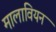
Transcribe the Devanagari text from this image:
मालावियन